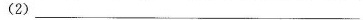
(2)___